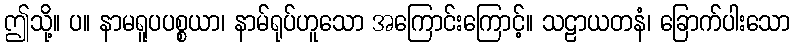
ဤသို့။ ပ။ နာမရူပပစ္စယာ၊ နာမ်ရုပ်ဟူသော အကြောင်းကြောင့်။ သဠာယတနံ၊ ခြောက်ပါးသော